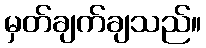
မှတ်ချက်ချသည်။